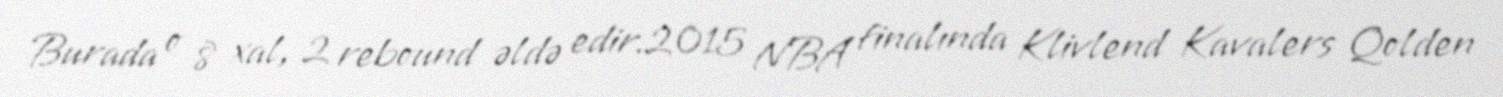
Burada o 8 xal, 2 rebound əldə edir.2015 NBA finalında Klivlend Kavalers Qolden